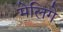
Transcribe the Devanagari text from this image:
मेलिगे